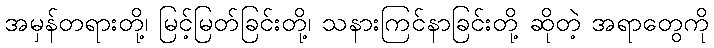
အမှန်တရားတို့၊ မြင့်မြတ်ခြင်းတို့၊ သနားကြင်နာခြင်းတို့ ဆိုတဲ့ အရာတွေကို